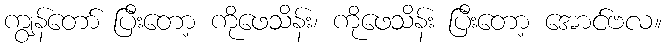
ကျွန်တော် ပြီးတော့ ကိုဖေသိန်း၊ ကိုဖေသိန်း ပြီးတော့ အောင်ဗလ။